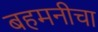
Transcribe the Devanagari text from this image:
बहमनीचा